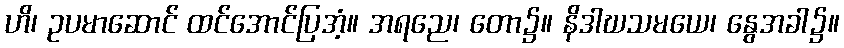
ဟိ၊ ဥပမာဆောင် ထင်အောင်ပြအံ့။ အရညေ၊ တော၌။ နိဒါဃသမယေ၊ နွေအခါ၌။